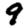
Digit: 9